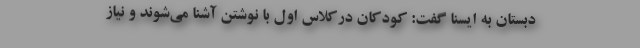
دبستان به ایسنا گفت: کودکان درکلاس اول با نوشتن آشنا می‌شوند و نیاز